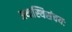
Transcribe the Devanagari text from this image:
अथास्थिसंचयः